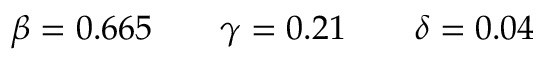
\beta = 0 . 6 6 5 \qquad \gamma = 0 . 2 1 \qquad \delta = 0 . 0 4